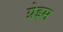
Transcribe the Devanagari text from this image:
ग्रेइम